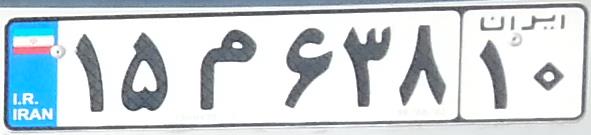
۱۵م۶۳۸۱۰